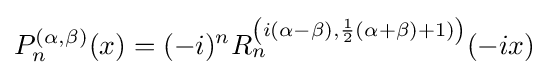
P_{n}^{(\alpha ,\beta )}(x)=(-i)^{n}R_{n}^{\left(i(\alpha -\beta ),{\frac {1}{2}}(\alpha +\beta )+1)\right)}(-ix)